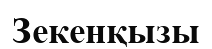
Зекенқызы